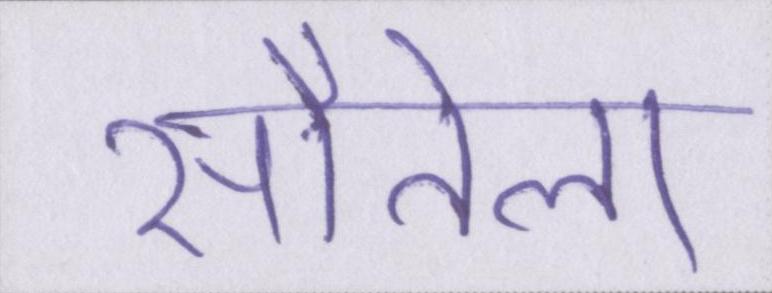
सौतेला